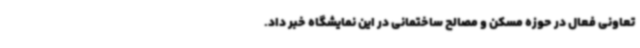
تعاونی فعال در حوزه مسکن و مصالح ساختمانی در این نمایشگاه خبر داد.